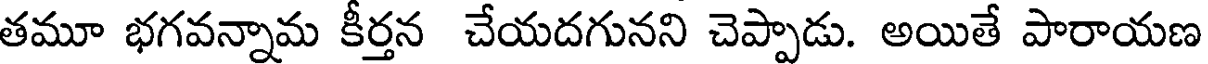
తమూ భగవన్నామ కీర్తన చేయదగునని చెప్పాడు. అయితే పారాయణ